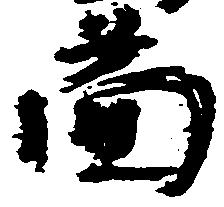
図